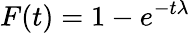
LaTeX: F(t)=1-e^{{-t}{\lambda}}